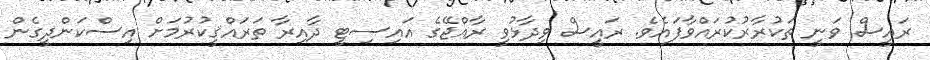
ރައީސް ވަނީ ތަކުރާރުކުރައްވާފައެވެ. ރައީސް ވިދާޅުވީ ރާއްޖޭގެ އައިސިޓީ ދާއިރާ ތަރައްޤީކުރުމަށް އިސްކަންދީގެން